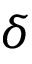
\delta